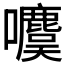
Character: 𰉋